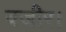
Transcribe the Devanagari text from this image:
वजीर।